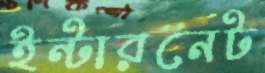
ইন্টারনেট